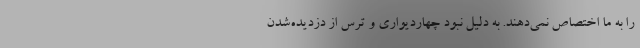
را به ما اختصاص نمی‌دهند. به دلیل نبود چهاردیواری و ترس از دزدیده‌شدن